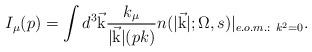
LaTeX: \begin{align*}I_\mu (p)=\int {d^3\vec {\rm k}}{k_\mu \over \vert \vec {\rm k}\vert (pk)}n(\vert \vec {\rm k}\vert ;\Omega ,s) \vert_{e.o.m.:\ k^2=0}.\end{align*}